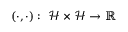
\left( \cdot , \cdot \right) : \ \mathcal { H } \times \mathcal { H } \rightarrow \mathbb { R }